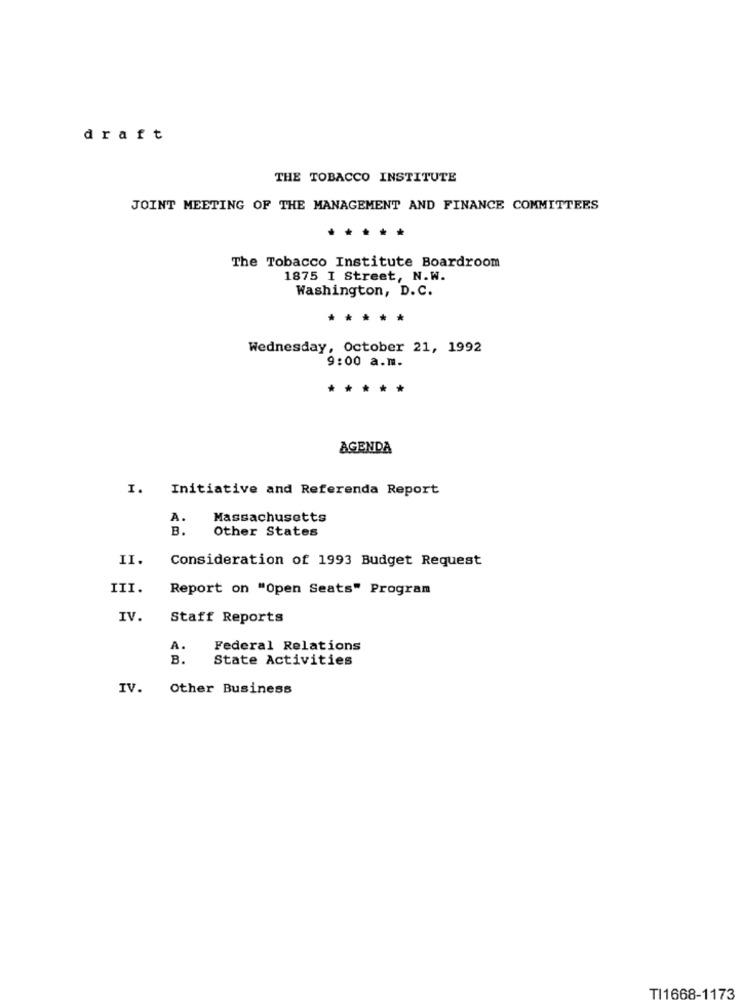
draft
THE TOBACCO INSTITUTE
JOINT MEETING OF THE MANAGEMENT AND FINANCE COMMITTEES
.....
The Tobacco Institute Boardroom
1875 I Street, N.W.
Washington, D. C.
*****
Wednesday, October 21, 1992
9:00 a.m.
*****
AGENDA
I. Initiative and Referenda Report
A.
Massachusetts
B.
Other States
II.
Consideration of 1993 Budget Request
III.
Report on "Open Seats" Program
IV.
Staff Reports
A.
Federal Relations
B.
State Activities
IV.
Other Business
TI1668-1173